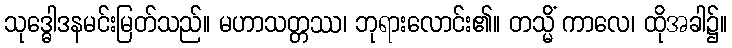
သုဒ္ဓေါဒနမင်းမြတ်သည်။ မဟာသတ္တဿ၊ ဘုရားလောင်း၏။ တသ္မိံ ကာလေ၊ ထိုအခါ၌။